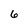
Character: 6